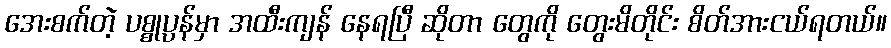
အေးစက်တဲ့ ပစ္စုပ္ပန်မှာ အထီးကျန် နေရပြီ ဆိုတာ တွေကို တွေးမိတိုင်း စိတ်အားငယ်ရတယ်။